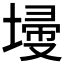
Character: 𡎹